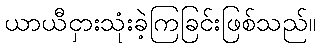
ယာယီငှားသုံးခဲ့ကြခြင်းဖြစ်သည်။